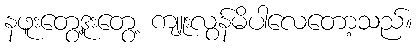
နဖူးတွေ့ဒူးတွေ့ ကျူးလွန်မိပါလေတော့သည်။